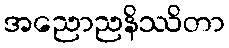
အညောညနိဿိတာ